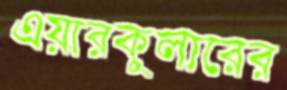
এয়ারকুলারের